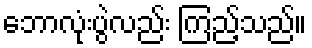
ဘောလုံးပွဲလည်း ကြည့်သည်။